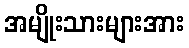
အမျိုးသားများအား